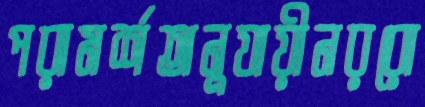
পরামর্শঅনুযায়ীনররো